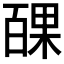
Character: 𭽝